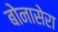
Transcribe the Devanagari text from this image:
बोनासेरा